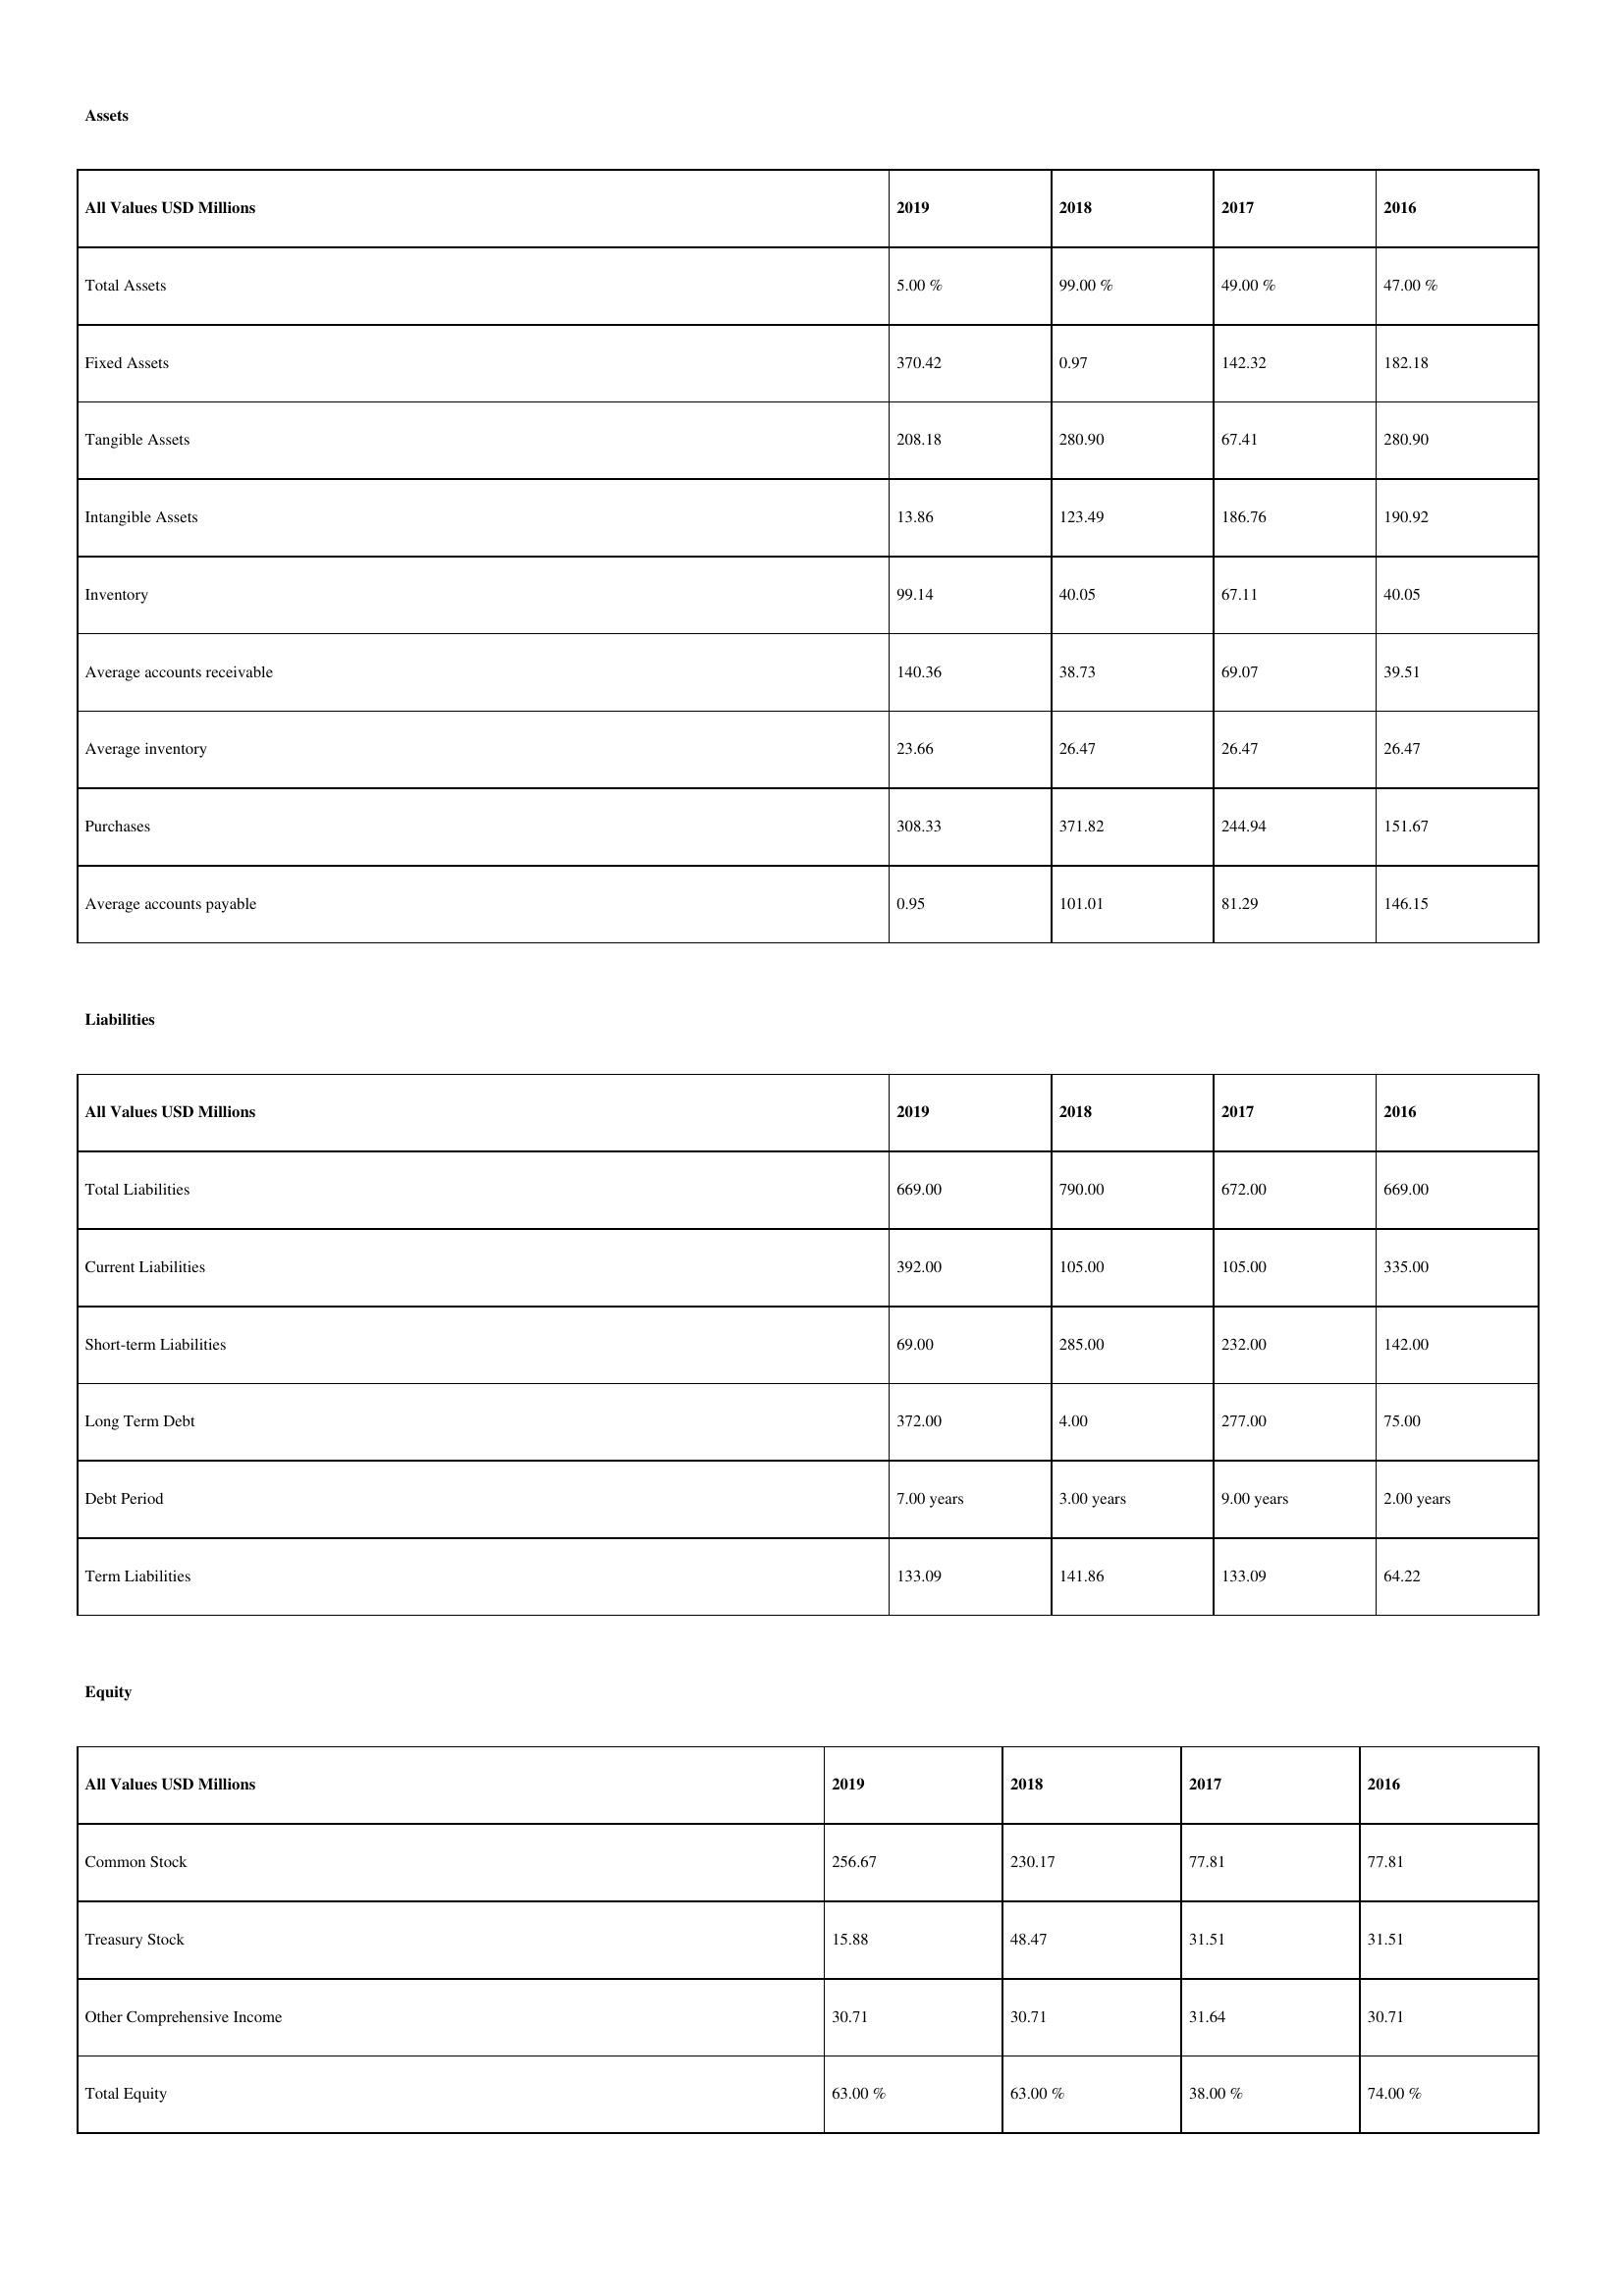
gt_parse: 2019: Assets: Total Assets: 5.00 %
Fixed Assets: 370.42
Tangible Assets: 208.18
Intangible Assets: 13.86
Inventory: 99.14
Average accounts receivable: 140.36
Average inventory: 23.66
Purchases: 308.33
Average accounts payable: 0.95
Liabilities: Total Liabilities: 669.00
Current Liabilities: 392.00
Short-term Liabilities: 69.00
Long Term Debt: 372.00
Debt Period: 7.00 years
Term Liabilities: 133.09
Equity: Common Stock: 256.67
Treasury Stock: 15.88
Other Comprehensive Income: 30.71
Total Equity: 63.00 %
2018: Assets: Total Assets: 99.00 %
Fixed Assets: 0.97
Tangible Assets: 280.90
Intangible Assets: 123.49
Inventory: 40.05
Average accounts receivable: 38.73
Average inventory: 26.47
Purchases: 371.82
Average accounts payable: 101.01
Liabilities: Total Liabilities: 790.00
Current Liabilities: 105.00
Short-term Liabilities: 285.00
Long Term Debt: 4.00
Debt Period: 3.00 years
Term Liabilities: 141.86
Equity: Common Stock: 230.17
Treasury Stock: 48.47
Other Comprehensive Income: 30.71
Total Equity: 63.00 %
2017: Assets: Total Assets: 49.00 %
Fixed Assets: 142.32
Tangible Assets: 67.41
Intangible Assets: 186.76
Inventory: 67.11
Average accounts receivable: 69.07
Average inventory: 26.47
Purchases: 244.94
Average accounts payable: 81.29
Liabilities: Total Liabilities: 672.00
Current Liabilities: 105.00
Short-term Liabilities: 232.00
Long Term Debt: 277.00
Debt Period: 9.00 years
Term Liabilities: 133.09
Equity: Common Stock: 77.81
Treasury Stock: 31.51
Other Comprehensive Income: 31.64
Total Equity: 38.00 %
2016: Assets: Total Assets: 47.00 %
Fixed Assets: 182.18
Tangible Assets: 280.90
Intangible Assets: 190.92
Inventory: 40.05
Average accounts receivable: 39.51
Average inventory: 26.47
Purchases: 151.67
Average accounts payable: 146.15
Liabilities: Total Liabilities: 669.00
Current Liabilities: 335.00
Short-term Liabilities: 142.00
Long Term Debt: 75.00
Debt Period: 2.00 years
Term Liabilities: 64.22
Equity: Common Stock: 77.81
Treasury Stock: 31.51
Other Comprehensive Income: 30.71
Total Equity: 74.00 %